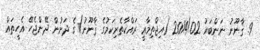
9. ޤާނޫނު ނަންބަރު 2014/02 (އިޖްތިމާޢީ ރައްކާތެރިކަމުގެ ޤާނޫނު)ގެ ދަށުން ދޭންޖެހޭ އެހީތައް